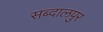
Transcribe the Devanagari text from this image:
सब्दालपुर